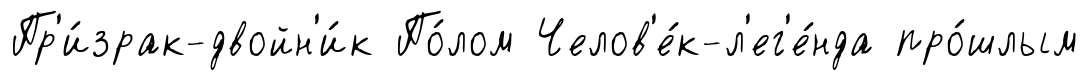
Пр'и́зрак-двойн'и́к По́лом Челов'е́к-л'ег'е́нда про́шлым